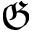
\mathfrak { G }